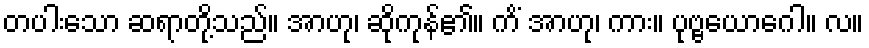
တပါးသော ဆရာတို့သည်။ အာဟု၊ ဆိုကုန်၏။ ကိံ အာဟု၊ ကား။ ပုဗ္ဗယောဂေါ။ လ။